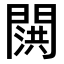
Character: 𬮍